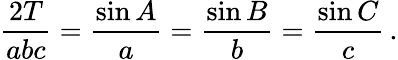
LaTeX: {\frac{2T}{abc}}={\frac{\sin A}{a}}={\frac{\sin B}{b}}={\frac{\sin C}{c}}\, .